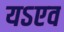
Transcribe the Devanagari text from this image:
यऽएव